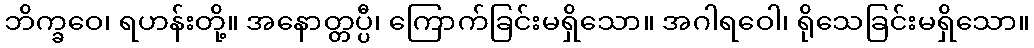
ဘိက္ခဝေ၊ ရဟန်းတို့။ အနောတ္တပ္ပီ၊ ကြောက်ခြင်းမရှိသော။ အဂါရဝေါ၊ ရိုသေခြင်းမရှိသော။